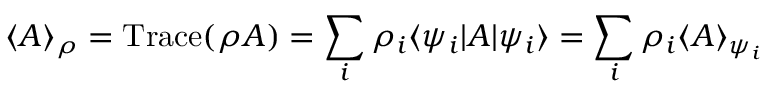
\langle A \rangle _ { \rho } = \mathrm { T r a c e } ( \rho A ) = \sum _ { i } \rho _ { i } \langle \psi _ { i } | A | \psi _ { i } \rangle = \sum _ { i } \rho _ { i } \langle A \rangle _ { \psi _ { i } }